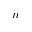
n